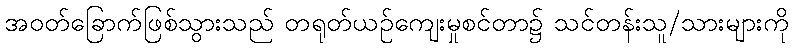
အဝတ်ခြောက်ဖြစ်သွားသည် တရုတ်ယဉ်ကျေးမှုစင်တာ၌ သင်တန်းသူ/သားများကို